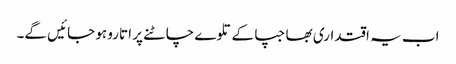
اب یہ اقتداری بھاجپا کے تلوے چاٹنے پر اتارو ہو جائیں گے۔